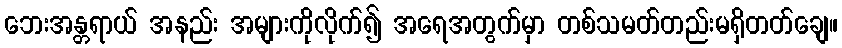
ဘေးအန္တရာယ် အနည်း အများကိုလိုက်၍ အရေအတွက်မှာ တစ်သမတ်တည်းမရှိတတ်ချေ။